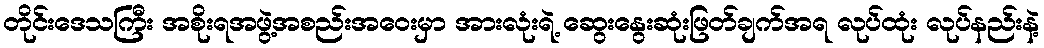
တိုင်းဒေသကြီး အစိုးရအဖွဲ့အစည်းအဝေးမှာ အားလုံးရဲ့ ဆွေးနွေးဆုံးဖြတ်ချက်အရ လုပ်ထုံး လုပ်နည်းနဲ့